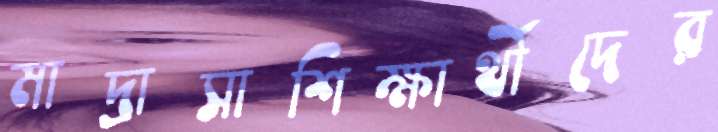
মাদ্রাসাশিক্ষার্থীদের